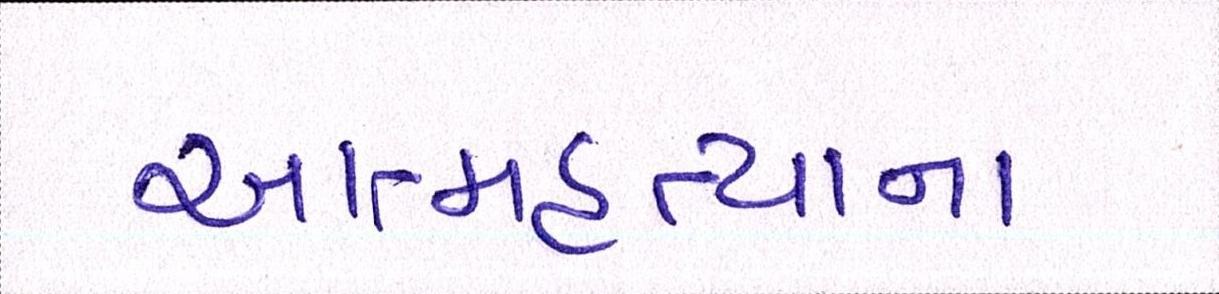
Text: આત્મહત્યાના